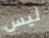
ليس